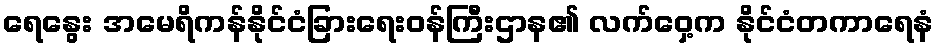
ရေနွေး အမေရိကန်နိုင်ငံခြားရေးဝန်ကြီးဌာန၏ လက်ဝှေ့က နိုင်ငံတကာရေနံ